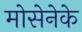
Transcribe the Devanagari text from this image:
मोसेनेके